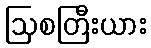
ဩစတြီးယား